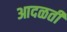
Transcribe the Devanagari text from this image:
आदळती